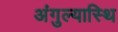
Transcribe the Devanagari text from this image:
अंगुल्यास्थि